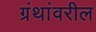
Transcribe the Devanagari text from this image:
ग्रंथांवरील